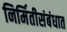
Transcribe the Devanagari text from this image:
निर्मितीसंबंधात